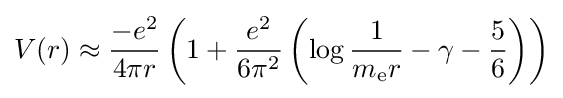
V(r)\approx {\frac {-e^{2}}{4\pi r}}\left(1+{\frac {e^{2}}{6\pi ^{2}}}\left(\log {\frac {1}{m_{\text{e}}r}}-\gamma -{\frac {5}{6}}\right)\right)